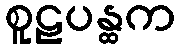
စူဠပန္ထက